Indian journal of veterinary science and animal husbandry - Volumes 18-21, 1948-1951
Year: 1948
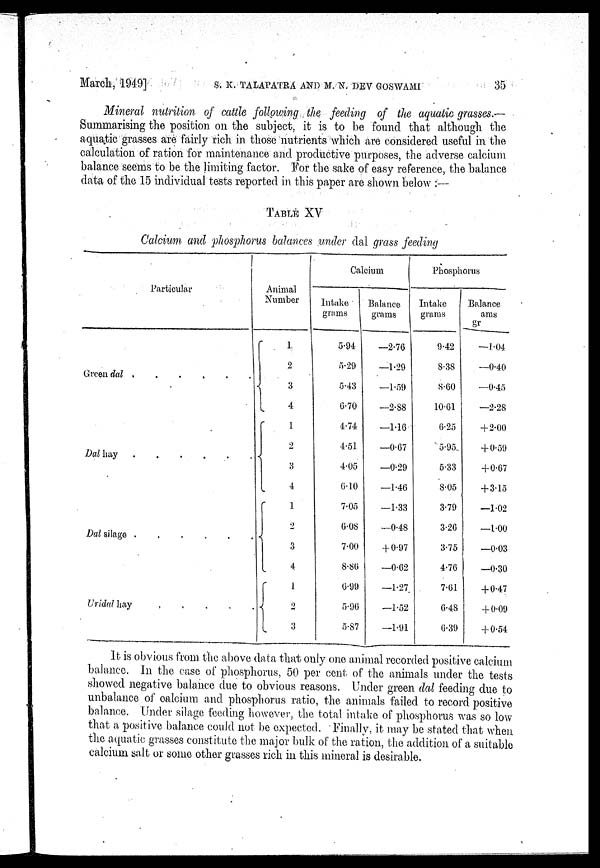
March, 1949] S. K. TALAPATRA AND M. N. DEV GOSWAMI 35
Mineral nutrition of cattle following the feeding of the aquatic grasses.—
Summarising the position on the subject, it is to be found that although the
aquatic grasses are fairly rich in those nutrients which are considered useful in the
calculation of ration for maintenance and productive purposes, the adverse calcium
balance seems to be the limiting factor. For the sake of easy reference, the balance
data of the 15 individual tests reported in this paper are shown below:—
TABLE XV
Calcium and phosphorus balances under dal grass feeding
Particular
Green dal . . . . . .
Dal hay . . . . . .
Dal silage .
.
.
.
.
.
Uridal hay . . . . . .
Animal
Number
1
2
3
4
1
2
3
4
1
2
3
4
1
2
3
Calcium
Intake
grams
5.94
5.29
5.43
6.70
4.74
4.51
4.05
6.10
7.05
6.08
7.00
8.86
6.99
5.96
5.87
Balance
grams
—2.76
—1.29
—1.59
—2.88
—1.16
—0.67
—0.29
—1.46
—1.33
—0.48
+ 0.97
—0.62
—1.27
—1.52
—1.91
Phosphorus
Intake
grams
9.42
8.38
8.60
10.61
6.25
5.95
5.33
8.05
3.79
3.26
3.75
4.76
7.61
6.48
6.39
Balance
grams
—1.04
—0.40
—0.45
—2.28
+2.00
+ 0.59
+0.67
+3.15
—1.02
—1.00
—0.03
—0.30
+0.47
+0.09
+0.54
It is obvious from the above data that only one animal recorded positive calcium
balance. In the case of phosphorus, 50 per cent of the animals under the tests
showed negative balance due to obvious reasons. Under green dal feeding due to
unbalance of calcium and phosphorus ratio, the animals failed to record positive
balance. Under silage feeding however, the total intake of phosphorus was so low
that a positive balance could not be expected. Finally, it may be stated that when
the aquatic grasses constitute the major bulk of the ration, the addition of a suitable
calcium salt or some other grasses rich in this mineral is desirable.